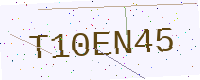
Text: T10EN45